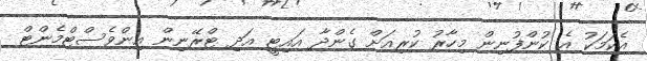
އެކަމަކު އެ ކުންފުނިން މިހާރު ކުރިއަށް ގެންދާ އައިޓީ އަދި ޓްރޭނިން އިންވެސްޓްމެންޓް